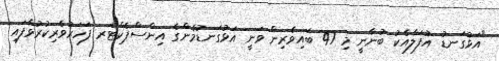
"އަޅުގަނޑު އުފަލާއެކު ބުނާނީ މި 47 ބައިވެރިން ވަނީ އަޅުގަނޑުމެންގެ އިންސްޕެކްޓަރ ފަހަރުވެރިކުރުވާފައި